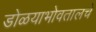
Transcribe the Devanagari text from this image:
डोळयाभोवतालचे